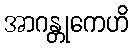
အာဂန္တုကေဟိ